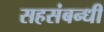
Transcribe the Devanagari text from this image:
सहसंबन्धी